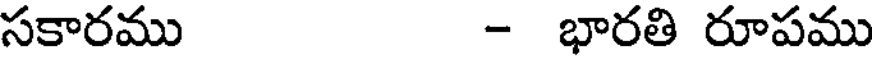
సకారము - భారతి రూపము